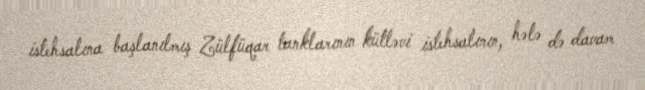
istehsalına başlanılmış Zülfüqar tanklarının kütləvi istehsalının, hələ də davam